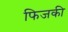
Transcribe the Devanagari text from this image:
फिजकी